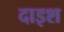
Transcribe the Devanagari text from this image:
दाइश